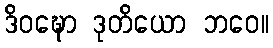
ဒိဝဍ္ဎော ဒုတိယော ဘဝေ။